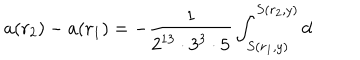
LaTeX: a ( r _ { 2 } ) - a ( r _ { 1 } ) = - \frac { 1 } { 2 ^ { 1 3 } \cdot 3 ^ { 3 } \cdot 5 } \int _ { S ( r _ { 1 } , y ) } ^ { S ( r _ { 2 } , y ) } \mathrm { d }